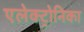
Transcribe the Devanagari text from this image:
एलेक्ट्रोनिका